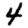
Digit: 4